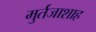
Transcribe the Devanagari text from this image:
मुर्तजाशाह